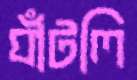
ঘাঁটলি